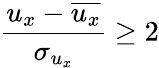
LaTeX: \frac{u_{x}-\overline{{u_{x}}}}{\sigma_{u_{x}}}\geq 2